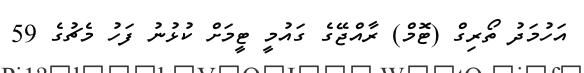
އަހުމަދު ތޯރިގް (ޓޮމް) ރާއްޖޭގެ ގައުމީ ޓީމަށް ކުޅުނު ފަހު މެޗުގެ 59